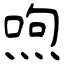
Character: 喣